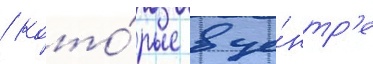
/ кото́рые в це́нтр'е